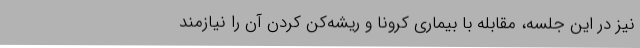
نیز در این جلسه، مقابله با بیماری کرونا و ریشه‌کن کردن آن را نیازمند